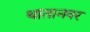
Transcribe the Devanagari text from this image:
थातानवर